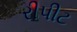
રીપીટ